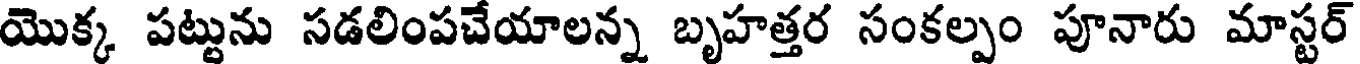
యొక్క పట్టును సడలింపచేయాలన్న బృహత్తర సంకల్పం పూనారు మాస్టర్